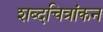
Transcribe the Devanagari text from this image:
शब्दचित्रांकन